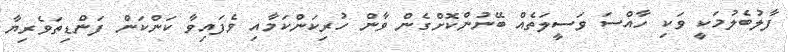
ފާލުބެލުމަކީ ވަކި ހާއްސަ ވަސީލަތެއް ބޭނުންކޮށްގެން ވާން ހުރިކަންކަމާއި ވެފައިވާ ކަންކަން ފަންޑިތަވެރިޔާ